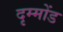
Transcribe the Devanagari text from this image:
दृम्मोंड